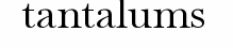
tantalums